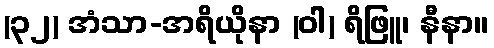
(၃၂) အံသာ-အရိယိုနာ (ဝါ) ရိဖြူ၊ နီနာ။